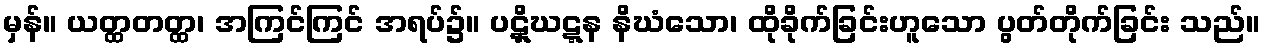
မှန်။ ယတ္ထတတ္ထ၊ အကြင်ကြင် အရပ်၌။ ပဋှိဃဋ္ဋန နိဃံသော၊ ထိုခိုက်ခြင်းဟူသော ပွတ်တိုက်ခြင်း သည်။